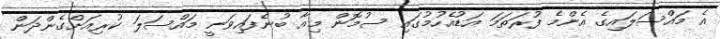
އެ މައްސަލައިގެ އެންމެ ފުރަތަމަ އަޑުއެހުމުގައި ސުމޮން މިއާ ބުނެފައިވަނީ މައްސަލަ ކުރިއަށްގެންދަން